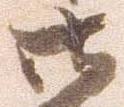
御